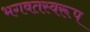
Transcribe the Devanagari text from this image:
भगवतस्वरूप